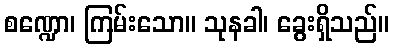
စဏ္ဍော၊ ကြမ်းသော။ သုနခါ၊ ခွေးရှိသည်။